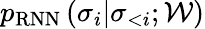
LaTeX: p_{\mathrm{RNN}}\left(\sigma_{i}|\sigma_{<i};\mathcal{W}\right)